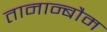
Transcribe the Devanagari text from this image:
तानान्बौम